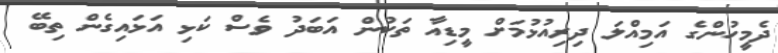
ދެމީހުންގެ އަމިއްލަ ދިރިއުޅުމަށް މީޑިއާ ތަކުން އަބަދު ވެސް ކަޅި އަޅައިގެން ތިބޭ